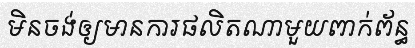
មិនចង់ឲ្យមានការផលិតណាមួយពាក់ព័ន្ធ